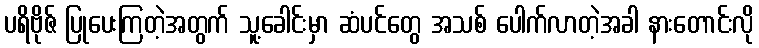
ပရိဗိုဇ် ပြုပေးကြတဲ့အတွက် သူ့ခေါင်းမှာ ဆံပင်တွေ အသစ် ပေါက်လာတဲ့အခါ နားတောင်းလို